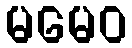
မမေဝ